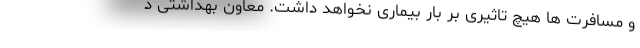
و مسافرت ها هیچ تاثیری بر بار بیماری نخواهد داشت. معاون بهداشتی د